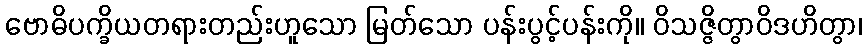
ဗောဓိပက္ခိယတရားတည်းဟူသော မြတ်သော ပန်းပွင့်ပန်းကို။ ဝိသဇ္ဇိတွာဝိဒဟိတွာ၊